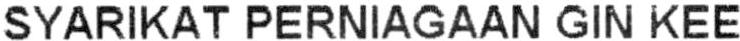
SYARIKAT PERNIAGAAN GIN KEE